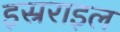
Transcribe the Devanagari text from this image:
इस्रराइल